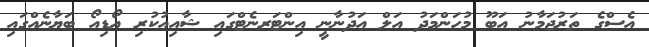
އެސްގެ ތަރުޖަމާނު އަބޫ މުހަންމަދު އަލް އަދުނާނީ އިންޓަރނެޓްގައި ޝާއިއުކުރި އޯޑިއޯ ބަޔާނެއްގައި